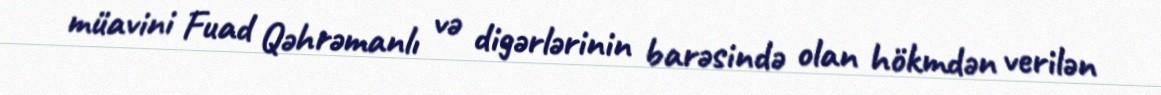
müavini Fuad Qəhrəmanlı və digərlərinin barəsində olan hökmdən verilən